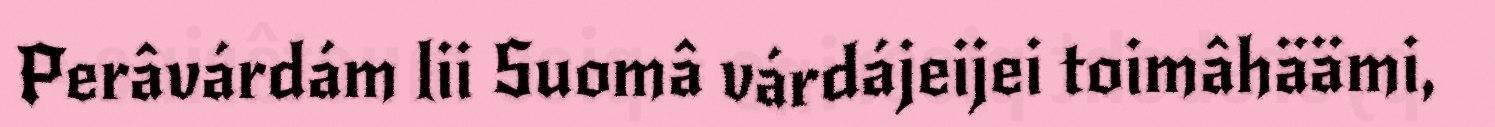
Perâvárdám lii Suomâ várdájeijei toimâhäämi,